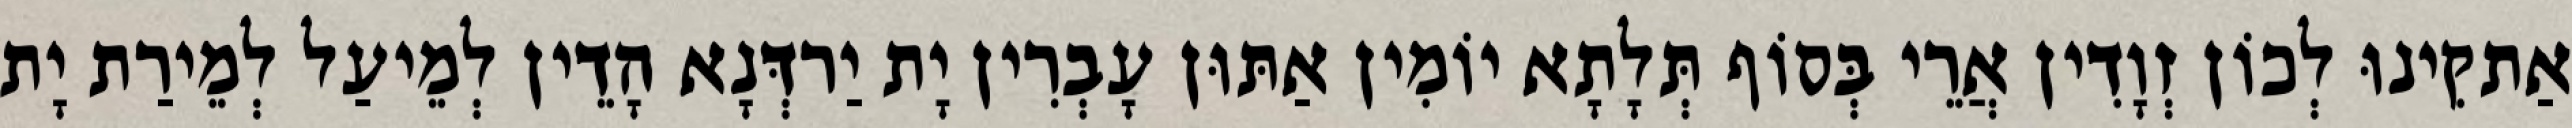
אַתקִינוּ לְכוֹן זְוָדִין אֲרֵי בְּסוֹף תְּלָתָא יוֹמִין אַתּוּן עָבְרִין יָת יַרדְּנָא הָדֵין לְמֵיעַל לְמֵירַת יָת